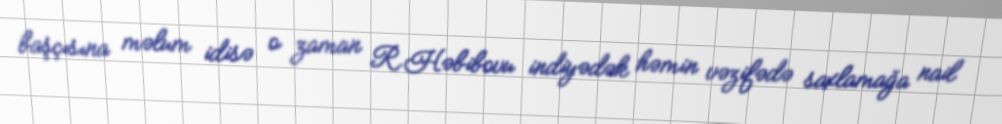
başçısına məlum idisə o zaman R.Həbibovu indiyədək həmin vəzifədə saxlamağa nail